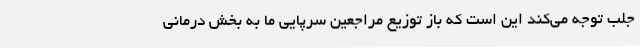
جلب توجه می‌کند این است که باز توزیع مراجعین سرپایی ما به بخش درمانی